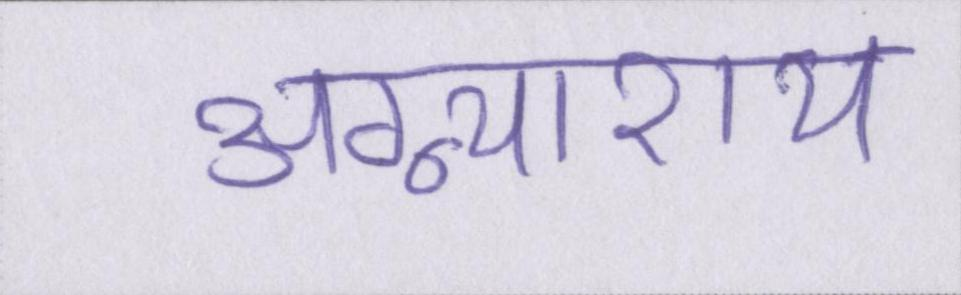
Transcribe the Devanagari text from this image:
अग्न्याशय